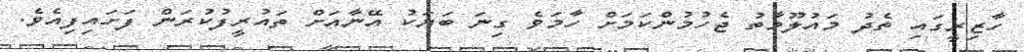
ހާާޒިރީގައި ތެދު މައުލޫމާތު ޖެހުމުންކަމަށް ހާމަވެ ގިނަ ބަޔަކު އޭނާއަށް ތައުރީފުކުރަން ފަށައިފިއެވެ.